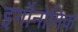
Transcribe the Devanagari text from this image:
इर्गोनोमिक